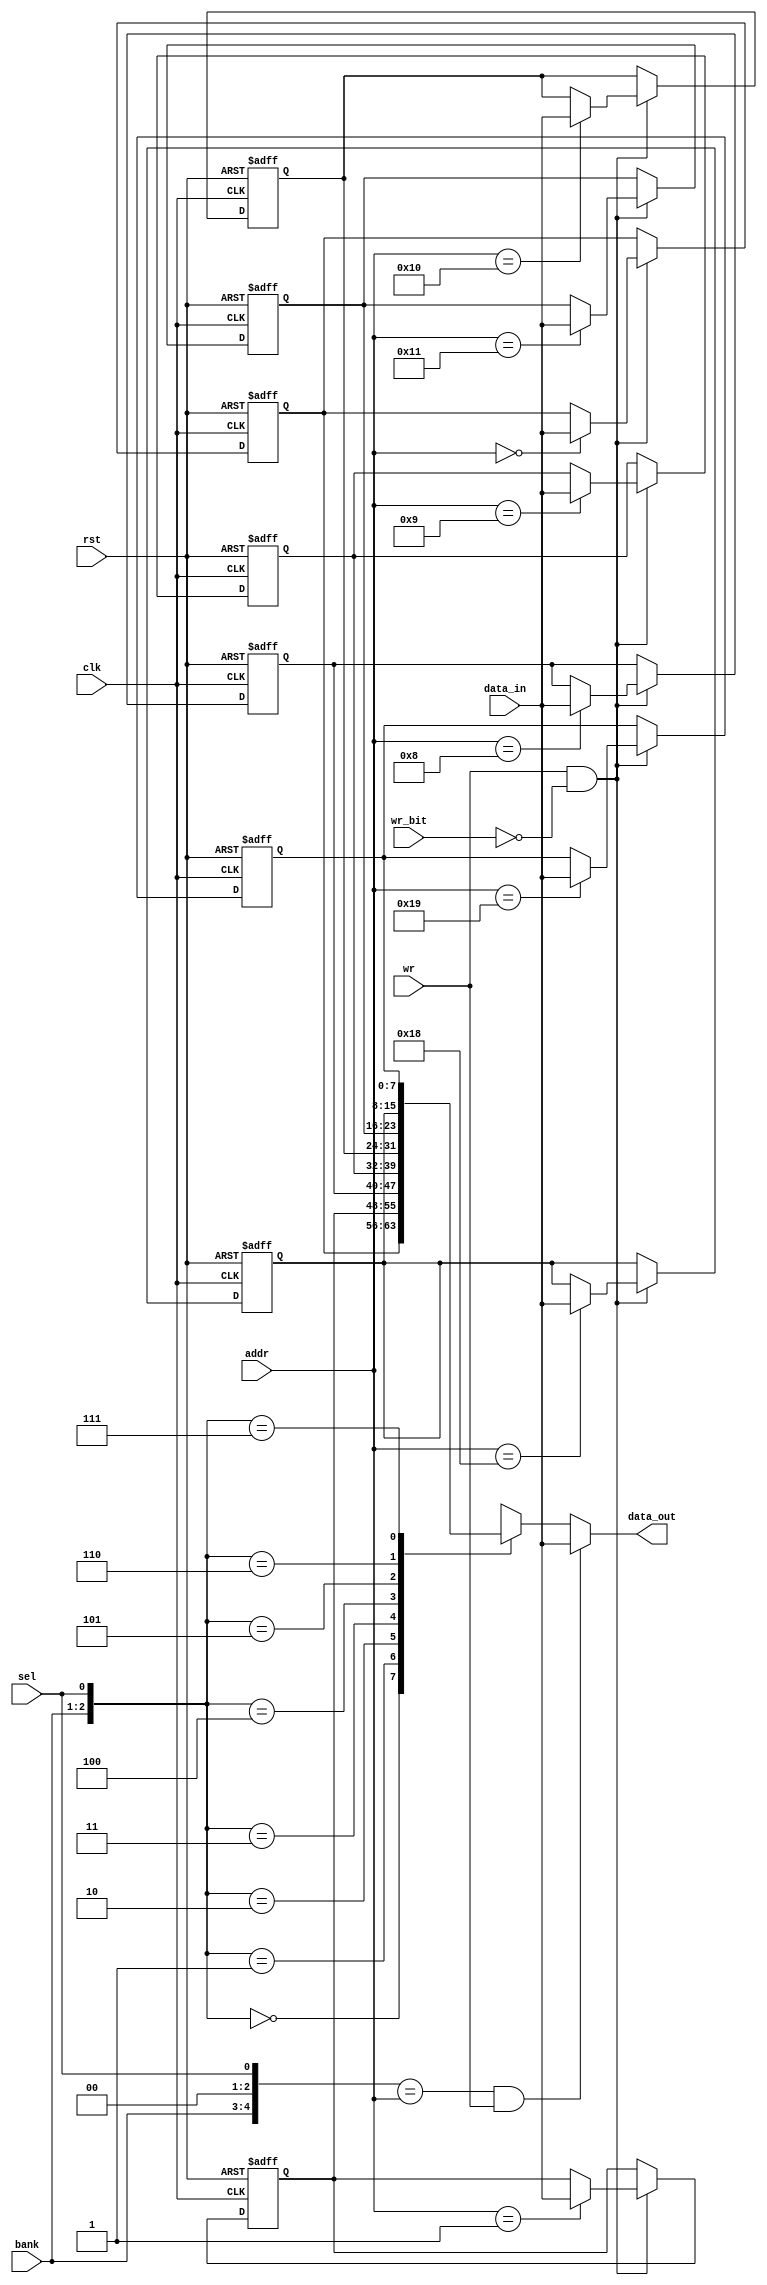
module oc8051_indi_addr (clk, rst, addr, data_in, wr, wr_bit, data_out, sel, bank);
//
// clk          (in)  clock
// rst          (in)  reset
// addr         (in)  write address [oc8051_ram_wr_sel.out]
// data_in      (in)  data input (alu destination1) [oc8051_alu.des1]
// wr           (in)  write [oc8051_decoder.wr -r]
// wr_bit       (in)  write bit addresable [oc8051_decoder.bit_addr -r]
// data_out     (out) data output [oc8051_ram_rd_sel.ri, oc8051_ram_wr_sel.ri -r]
// sel          (in)  select register [oc8051_op_select.op1_out[0] ]
// bank         (in)  select register bank: [oc8051_psw.data_out[4:3] ]
//


input clk, rst, wr, sel, wr_bit;
input [1:0] bank;
input [7:0] addr, data_in;

output [7:0] data_out;
reg [7:0] data_out;

reg [7:0] buff [7:0];

//
//write to buffer
always @(posedge clk or posedge rst)
begin
  if (rst) begin
    buff[3'b000] <= #1 8'h00;
    buff[3'b001] <= #1 8'h00;
    buff[3'b010] <= #1 8'h00;
    buff[3'b011] <= #1 8'h00;
    buff[3'b100] <= #1 8'h00;
    buff[3'b101] <= #1 8'h00;
    buff[3'b110] <= #1 8'h00;
    buff[3'b111] <= #1 8'h00;
  end else begin
    if ((wr) & !(wr_bit)) begin
      case (addr)
        8'h00: buff[3'b000] <= #1 data_in;
        8'h01: buff[3'b001] <= #1 data_in;
        8'h08: buff[3'b010] <= #1 data_in;
        8'h09: buff[3'b011] <= #1 data_in;
        8'h10: buff[3'b100] <= #1 data_in;
        8'h11: buff[3'b101] <= #1 data_in;
        8'h18: buff[3'b110] <= #1 data_in;
        8'h19: buff[3'b111] <= #1 data_in;
      endcase
    end
  end
end

//
//read from buffer
//always @(sel or bank or data_in or wr or addr or wr or buff)
always @(sel or bank or data_in or wr or addr or wr)
begin
  if (({3'b000, bank, 2'b00, sel}==addr) & (wr))
    data_out = data_in;
  else
    data_out = buff[{bank, sel}];
end

endmodule